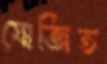
যোজিত